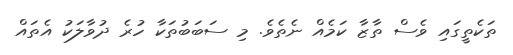
ތަކެތީގައި ވެސް ތާޒާ ކަމެއް ނެތެވެ. މި ސަބަބުތަކާ ހުރެ ދުވާލަކު އެެތައް